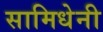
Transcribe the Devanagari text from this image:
सामिधेनी